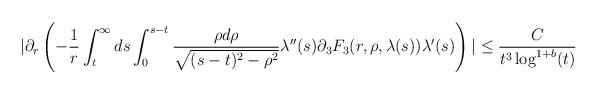
LaTeX: \begin{align*} &|\partial_{r}\left(-\frac{1}{r} \int_{t}^{\infty} ds \int_{0}^{s-t} \frac{\rho d\rho}{\sqrt{(s-t)^{2}-\rho^{2}}}\lambda''(s) \partial_{3}F_{3}(r,\rho,\lambda(s))\lambda'(s)\right)| \leq \frac{C}{t^{3}\log^{1+b}(t)}\end{align*}